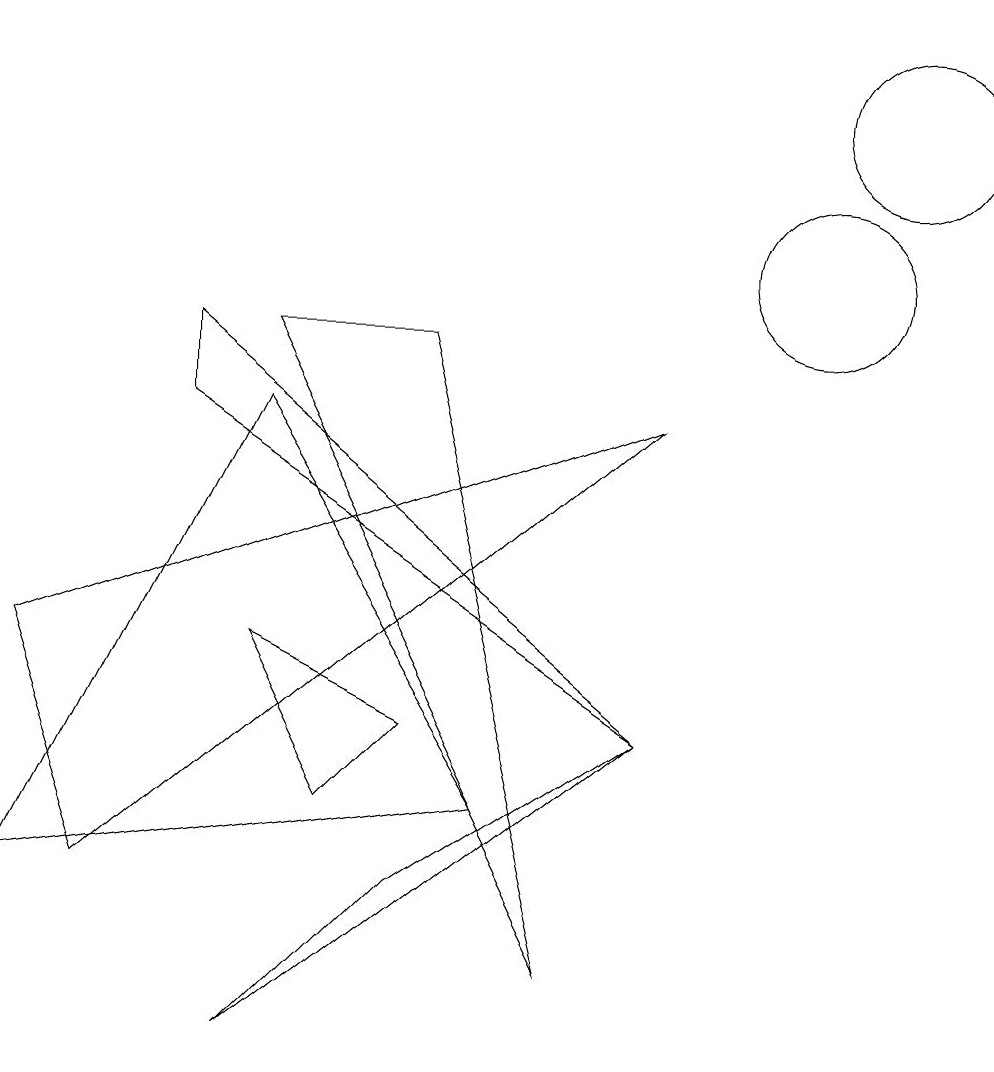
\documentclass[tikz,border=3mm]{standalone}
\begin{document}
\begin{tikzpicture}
\draw (0,2) -- (3,8) -- (6,3) -- cycle;
\draw (8,4) -- (2,9) -- (2,8) -- cycle;
\draw (11,12) circle (1);
\draw (4,3) -- (3,5) -- (5,4) -- cycle;
\draw (5,9) -- (7,1) -- (3,9) -- cycle;
\draw (3,0) -- (5,2) -- (8,4) -- cycle;
\draw (8,8) -- (0,5) -- (1,2) -- cycle;
\draw (10,10) circle (1);
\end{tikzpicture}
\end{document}